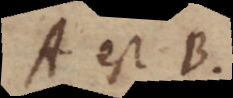
A est B.